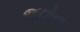
જૂથોના